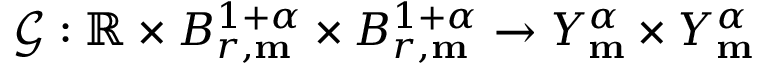
\mathscr { G } : \mathbb { R } \times B _ { r , \mathbf { m } } ^ { 1 + \alpha } \times B _ { r , \mathbf { m } } ^ { 1 + \alpha } \rightarrow Y _ { \mathbf { m } } ^ { \alpha } \times Y _ { \mathbf { m } } ^ { \alpha }